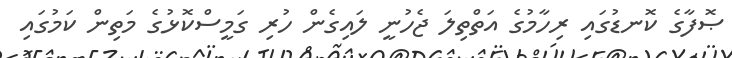
ޞޮފާގެ ކޮނޑުގައި ރިހާމުގެ އަތްތިލަ ޖެހުނީ ލައިގެން ހުރި ގަމީސްކޮޅުގެ މަތިން ކަމުގައި